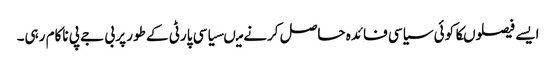
ایسے فیصلوںکا کوئی سیاسی فائدہ حاصل کرنے میںسیاسی پارٹی کے طور پر بی جے پی ناکام رہی۔